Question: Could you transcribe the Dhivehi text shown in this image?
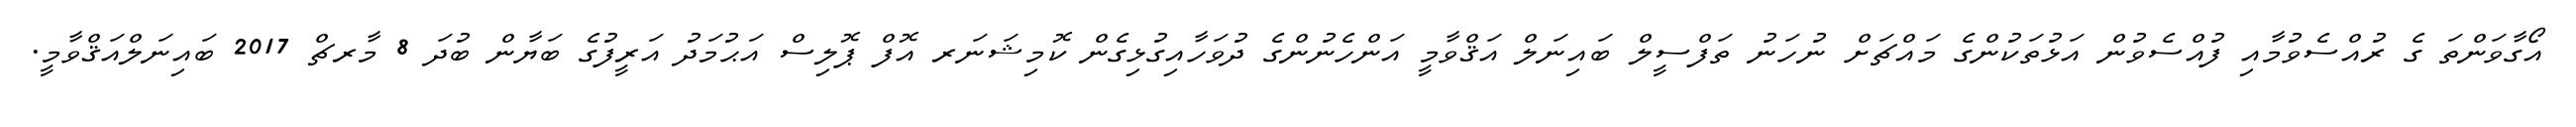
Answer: އޯގާވަންތަ ގެ ރުއްސެވުމާއި ފުއްސެވުން އަޅުތަކުންގެ މައްޗަށް ނުހަނު ތަފްސީލް ބައިނަލް އަޤްވާމީ އަންހެނުންގެ ދުވަހާއިގުޅިގެން ކޮމިޝަނަރ އޮފް ޕޮލިސް އަޙުމަދު އަރީފުގެ ބަޔާން ބުދަ 8 މާރޗް 2017 ބައިނަލްއަޤްވާމީ.